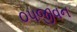
૦૫જીવન